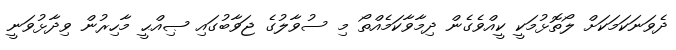
ދެވަނަކަމަކަށް ލޯތޮޅުމަކީ ކީއްވެގެން ދިމާވާކަމެއްތޯ މި ސުވާލުގެ ޖަވާބުގައި ޞިއްޙީ މާހިރުން ވިދާޅުވަނީ